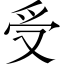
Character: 受